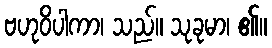
ဗဟုဝိပါကာ၊ သည်။ သုခုမာ၊ ၏။